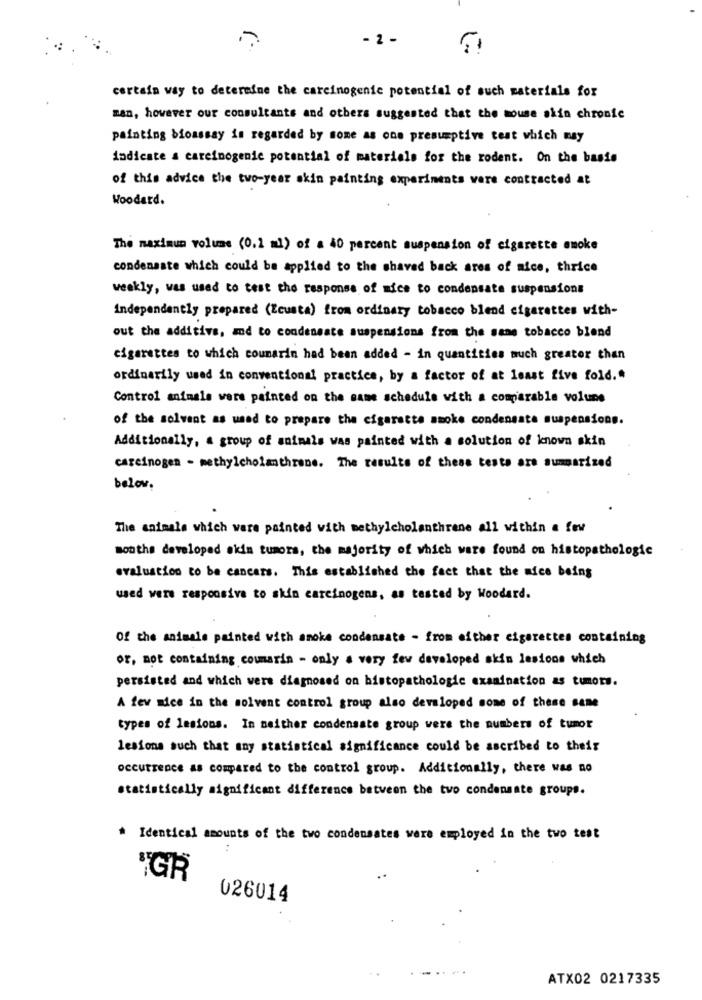
- 2 -
certain way to determine the carcinogenic potential of such materials for
man, however our consultants and others suggested that the mouse alin chronic
painting bioassay is regarded by some as one presumptive test which may
indicate a carcinogenic potential of materials for the rodent. On the basis
of this advice the two-year akin painting experiments were contracted at
Woodard.
The maximum volume (0.1 ml) of a 40 percent suspension of cigarette smoke
condensate which could be applied to the shaved back ares of nice, thrice
weekly, was used to test the response of mice to condensate suspensions
independently prepared (Zcusta) from ordinary tobacco blend cigarettes with-
out the additive, and to condensate suspensions from the same tobacco blend
cigarettes to which coumarin had been added - in quantities much greater than
ordinarily used in conventional practice, by a factor of at least five fold .*
Control animals were painted on the same schedule with a comparable volune
of the solvent as used to prepare the cigarette smoke condensate suspensions.
Additionally, a group of animals was painted with a solution of known skin
carcinogen - methylcholanthrone. The results of these tests are summarized
belov.
The animals which were painted with methylcholanthrane all within a few
sonthe developed akim tumors, the majority of which were found on histopathologie
evaluation to be cancers. This established the fact that the mice being
used were responsive to skin carcinogens, as tested by Woodard.
Of the animals painted with smoke condensate - from either cigarettes containing
or, not containing coumarin - only a very few developed skin lesions which
persisted and which were diagnosed on histopathologic examination as tumors.
A few mice in the solvent control group also developed some of these sane
types of lesions. In neither condensate group were the numbers of tumor
lesions such that any statistical significance could be ascribed to their
occurrence as compared to the control group. Additionally, there was no
statistically significant difference between the two condensate groups.
* Identical amounts of the two condensates were employed in the two test
..
GR
026014
ATX02 0217335